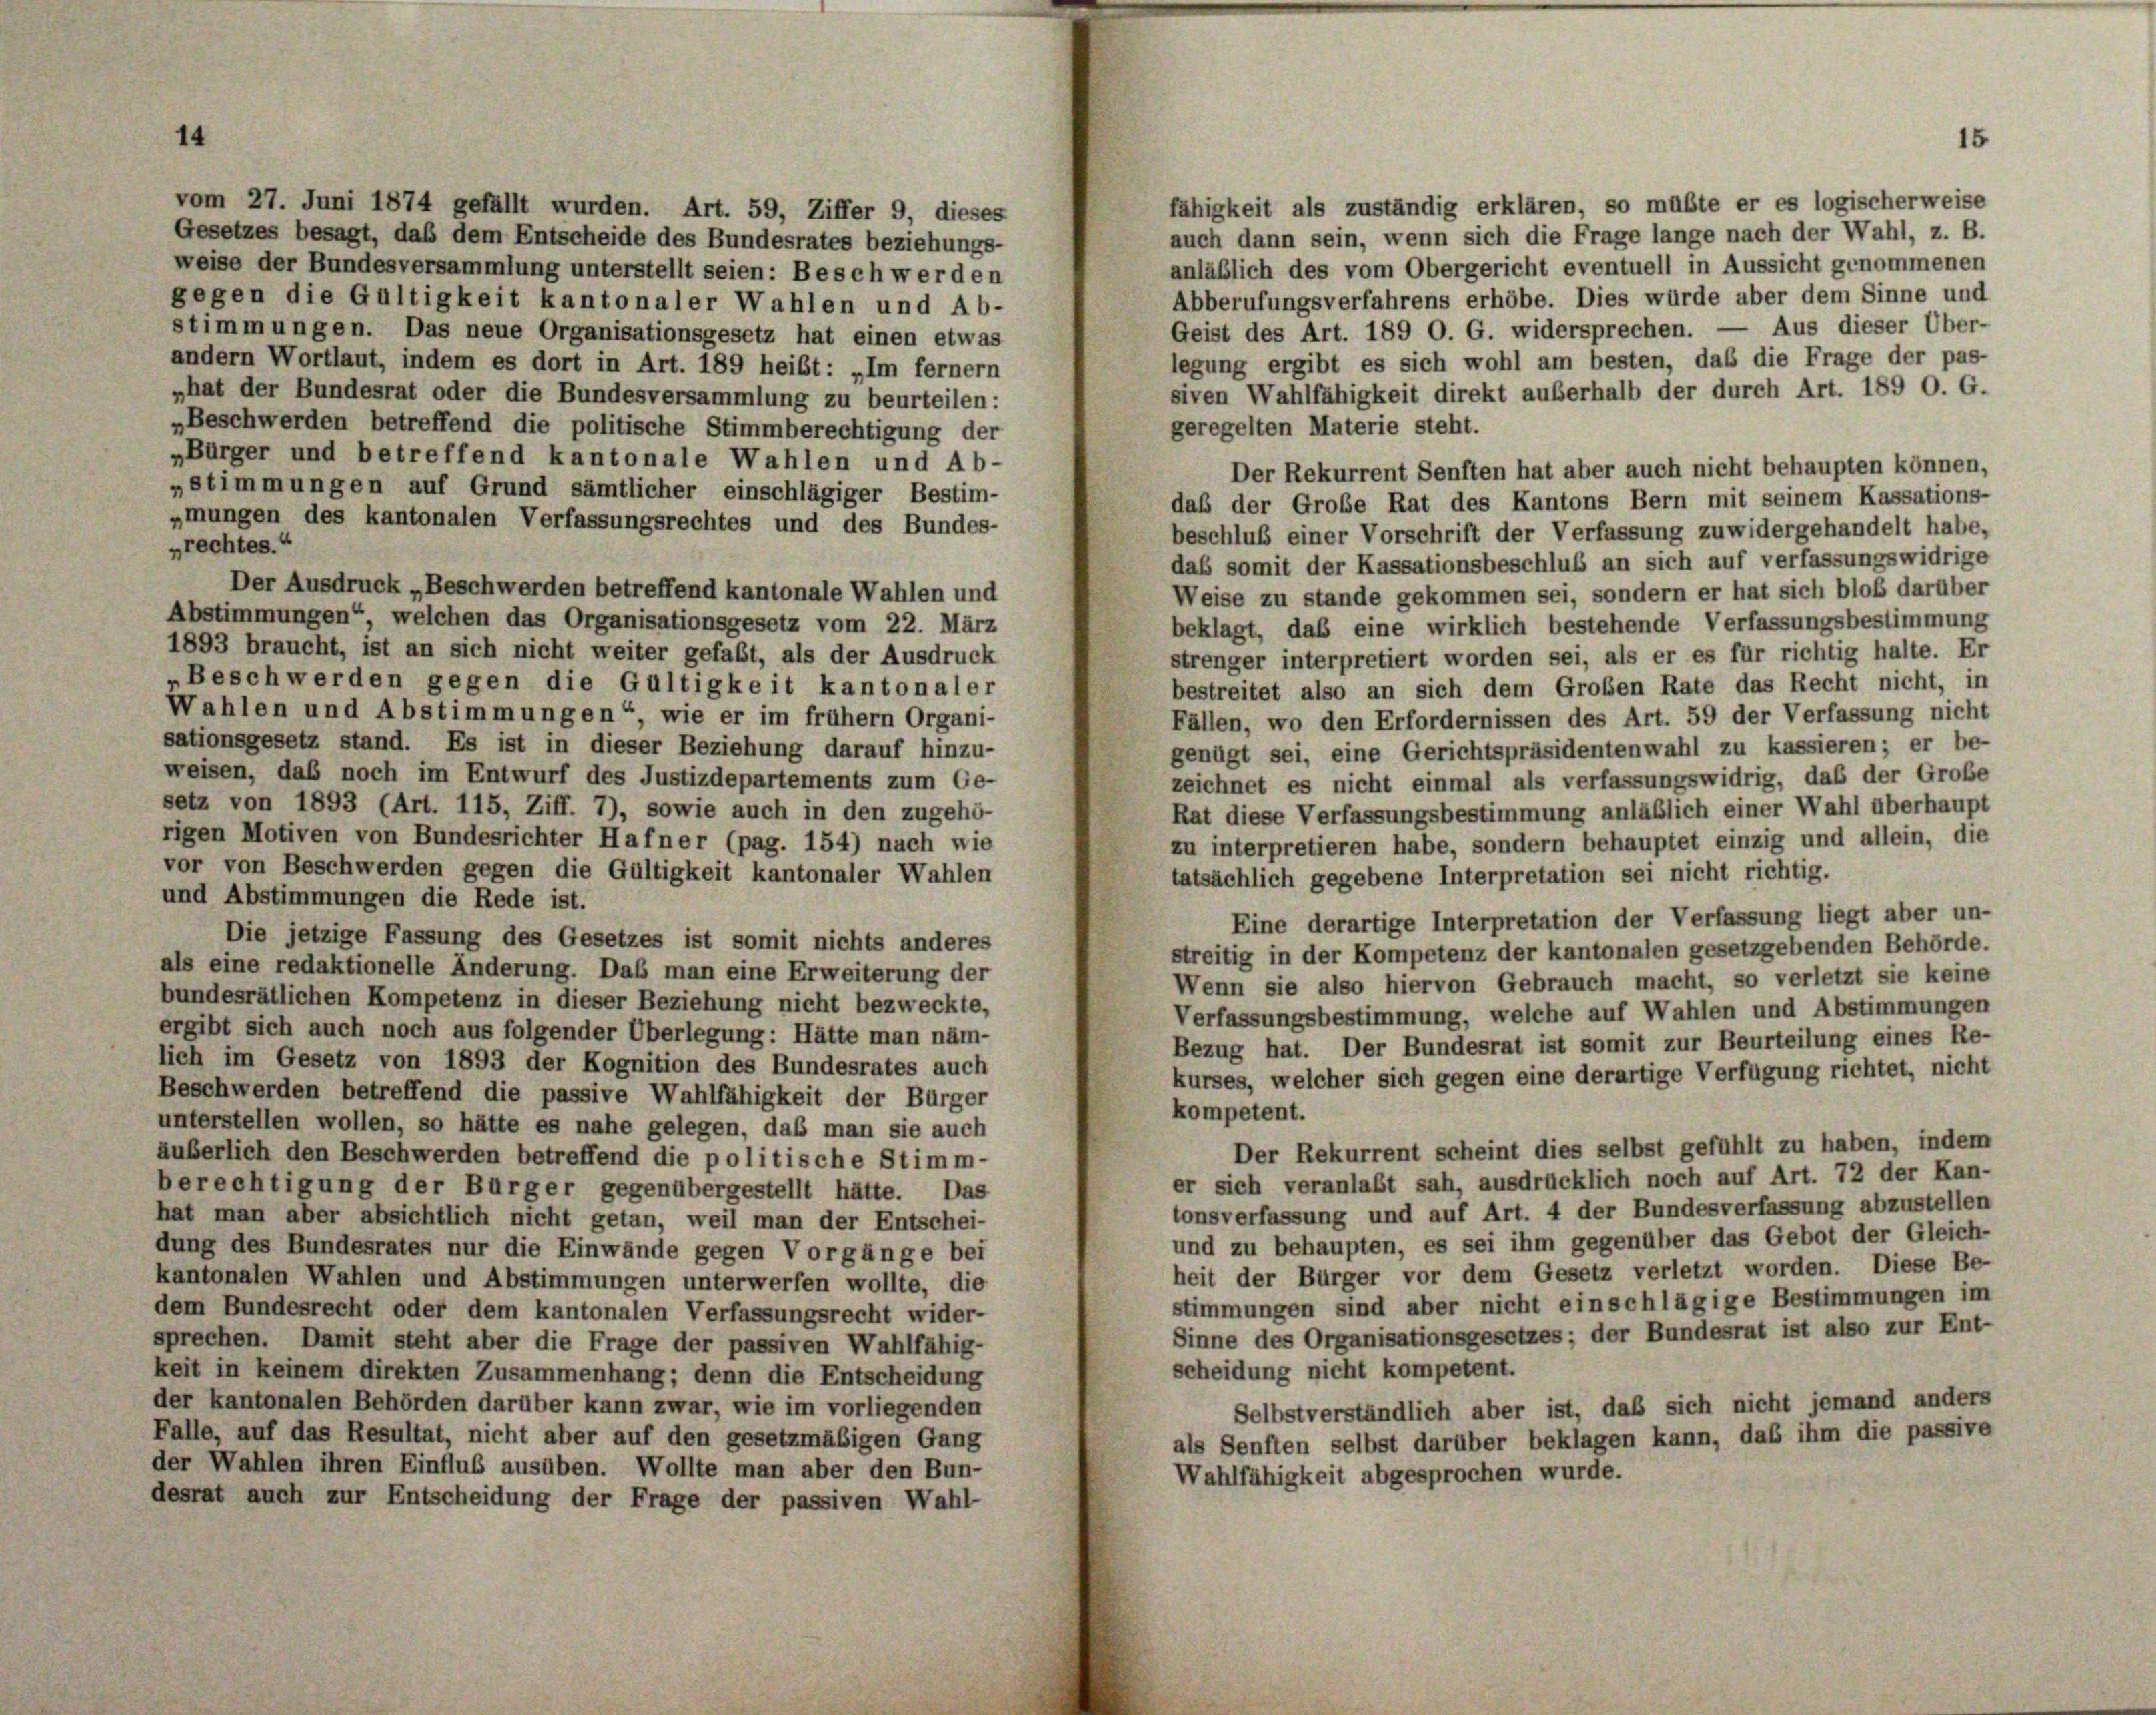
14

fähigkeit als zuständig erklären, so müßte er es logischerweise
vom 27. Juni 1874 gefällt wurden. Art. 59, Ziffer 9, dieses
auch dann sein, wenn sich die Frage lange nach der Wahl, z. B.
Gesetzes besagt, daß dem Entscheide des Bundesrates beziehungs-
anläßlich des vom Obergericht eventuell in Aussicht genommenen
weise der Bundesversammlung unterstellt seien: Besch werden
Abberufungsverfahrens erhöbe. Dies würde aber dem Sinne und
gegen die Gültigkeit kantonaler Wahlen und Ab-
Aus dieser Über-
Geist des Art. 189 O. G. widersprechen. -
stimmungen. Das neue Organisationsgesetz hat einen etwas
legung ergibt es sich wohl am besten, daß die Frage der pas-
andern Wortlaut, indem es dort in Art. 189 heibt: „Im fernem
siven Wahlfähigkeit direkt außerhalb der durch Art. 189 O. G.
„hat der Bundesrat oder die Bundesversammlung zu beurteilen:
„Beschwerden betreffend die politische Stimmberechtigung der
geregelten Materie steht.
„Bürger und betreffend kantonale Wahlen und Ab-
Der Rekurrent Senften hat aber auch nicht behaupten können.
„stimmungen auf Grund sämtlicher einschlägiger Bestim-
daß der Große Rat des Kantons Bern mit seinem Kassations-
»mungen des kantonalen Verfassungsrechtes und des Bundes-
beschluß einer Vorschrift der Verfassung zuwidergehandelt habe,
„rechtes.“
daß somit der Kassationsbeschluß an sich auf verfassungswidrige
Der Ausdruck „Beschwerden betreffend kantonale Wahlen und
Weise zu stande gekommen sei, sondern er hat sich bloß darüber
Abstimmungen“, welchen das Organisationsgesetz vom 22. März
beklagt, daß eine wirklich bestehende Verfassungsbestimmung
1893 braucht, ist an sich nicht weiter gefaßt, als der Ausdruck
strenger interpretiert worden sei, als er es für richtig halte. Er
„Beschwerden gegen die Gültigkeit kantonaler
bestreitet also an sich dem Großen Rate das Recht nicht, in
Wahlen und Abstimmungen“ wie er im frühem Organi-
Fällen, wo den Erfordernissen des Art. 59 der Verfassung nicht
sationsgesetz stand. Es ist in dieser Beziehung darauf hinzu-
genügt sei, eine Gerichtspräsidentenwahl zu kassieren; er be-
weisen, daß noch im Entwurf des Justizdepartements zum Ge-
zeichnet es nicht einmal als verfassungswidrig, daß der Große
setz von 1893 (Art. 115, Ziff. 7), sowie auch in den zugehö-
Rat diese Verfassungsbestimmung anläßlich einer Wahl überhaupt
rigen Motiven von Bundesrichter Hafner (pag. 154) nach wie
zu interpretieren habe, sondern behauptet einzig und allein, die
vor von Beschwerden gegen die Gültigkeit kantonaler Wahlen
tatsächlich gegebene Interpretation sei nicht richtig.
und Abstimmungen die Rede ist.
Eine derartige Interpretation der Verfassung liegt aber un-
Die jetzige Fassung des Gesetzes ist somit nichts anderes
streitig in der Kompetenz der kantonalen gesetzgebenden Behörde.
als eine redaktionelle Änderung. Das man eine Erweiterung der
Wenn sie also hiervon Gebrauch macht, so verletzt sie keine
bundesrätlichen Kompetenz in dieser Beziehung nicht bezweckte,
Verfassungsbestimmung, welche auf Wahlen und Abstimmungen
ergibt sich auch noch aus folgender Überlegung: Hätte man näm-
Bezug hat. Der Bundesrat ist somit zur Beurteilung eines Re-
lich im Gesetz von 1893 der Kognition des Bundesrates auch
kurses, welcher sich gegen eine derartige Verfügung richtet, nicht
Beschwerden betreffend die passive Wahlfähigkeit der Bürger
kompetent.
unterstellen wollen, so hätte es nahe gelegen, daß man sie auch
Der Rekurrent scheint dies selbst gefühlt zu haben, indem
äußerlich den Beschwerden betreffend die politische Stimm-
er sich veranlaßt sah, ausdrücklich noch auf Art. 72 der Kan-
berechtigung der Bürger gegenübergestellt hätte. Das
tonsverfassung und auf Art. 4 der Bundesverfassung abzustellen
hat man aber absichtlich nicht getan, weil man der Entschei-
und zu behaupten, es sei ihm gegenüber das Gebot der Gleich-
dung des Bundesrates nur die Einwände gegen Vorgänge bei
heit der Bürger vor dem Gesetz verletzt worden. Diese Be-
kantonalen Wahlen und Abstimmungen unterwerfen wollte, die
stimmungen sind aber nicht einschlägige Bestimmungen im
dem Bundesrecht oder dem kantonalen Verfassungsrecht wider-
Sinne des Organisationsgesetzes; der Bundesrat ist also zur Ent-
sprechen. Damit steht aber die Frage der passiven Wahlfähig-
scheidung nicht kompetent.
keit in keinem direkten Zusammenhang; denn die Entscheidung
der kantonalen Behörden darüber kann zwar, wie im vorliegenden
Selbstverständlich aber ist, daß sich nicht jemand anders
Falle, auf das Resultat, nicht aber auf den gesetzmäßigen Gang
als Senften selbst darüber beklagen kann, daß ihm die passive
der Wahlen ihren Einflub ausüben. Wollte man aber den Bun-
Wahlfähigkeit abgesprochen wurde.
desrat auch zur Entscheidung der Frage der passiven Wahl-

15